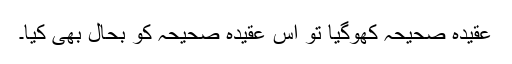
عقیدہ صحیحہ کھوگیا تو اُس عقیدہ صحیحہ کو بحال بھی کیا۔